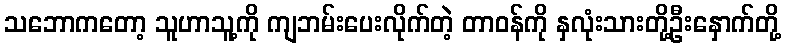
သဘောကတော့ သူဟာသူ့ကို ကျဘမ်းပေးလိုက်တဲ့ တာဝန်ကို နှလုံးသားတို့ဦးနှောက်တို့